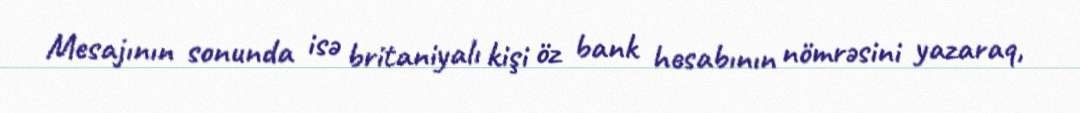
Mesajının sonunda isə britaniyalı kişi öz bank hesabının nömrəsini yazaraq,